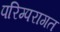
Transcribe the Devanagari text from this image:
परिम्परागत